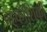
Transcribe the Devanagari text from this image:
बहुकोशिकी